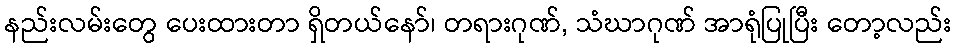
နည်းလမ်းတွေ ပေးထားတာ ရှိတယ်နော်၊ တရားဂုဏ်, သံဃာဂုဏ် အာရုံပြုပြီး တော့လည်း